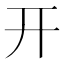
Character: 开